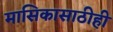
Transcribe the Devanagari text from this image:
मासिकासाठीही